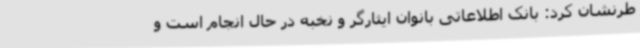
طرنشان کرد: بانک اطلاعاتی بانوان ایثارگر و نخبه در حال انجام است و